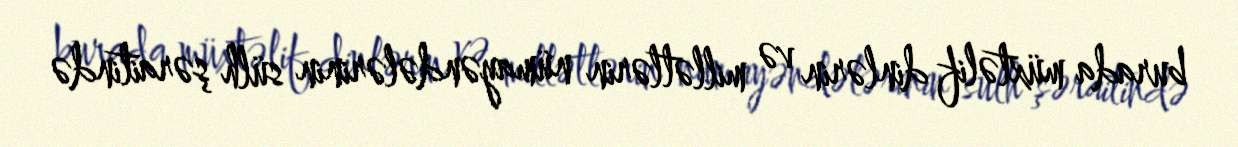
burada müxtəlif dinlərin və millətlərin nümayəndələrinin sülh şəraitində